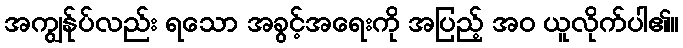
အကျွန်ုပ်လည်း ရသော အခွင့်အရေးကို အပြည့် အဝ ယူလိုက်ပါ၏။